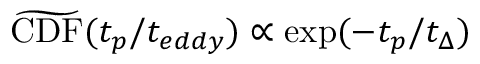
\widetilde \mathrm { C D F } ( t _ { p } / t _ { e d d y } ) \propto { \exp } ( - t _ { p } / t _ { \Delta } )